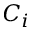
C _ { i }